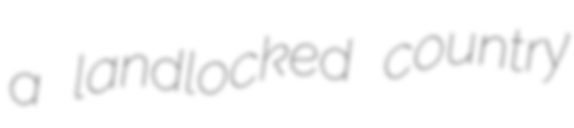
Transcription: a landlocked country